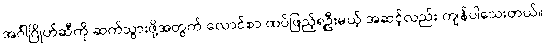
အင်္ဂါဂြိုဟ်ဆီကို ဆက်သွားဖို့အတွက် လောင်စာ ထပ်ဖြည့်ရဦးမယ့် အဆင့်လည်း ကျန်ပါသေးတယ်။